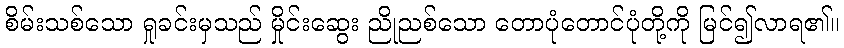
စိမ်းသစ်သော ရှုခင်းမှသည် မှိုင်းဆွေး ညိုညစ်သော တောပုံတောင်ပုံတို့ကို မြင်၍လာရ၏။